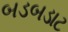
બડબડાટ